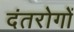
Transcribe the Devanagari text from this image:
दंतरोगों